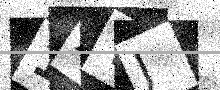
Text: 1XYJ